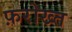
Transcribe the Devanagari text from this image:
फ़रोख्त